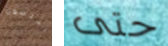
أندرسون حتى